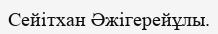
Сейітхан Әжігерейұлы.